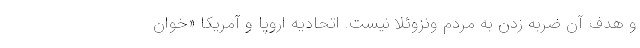
و هدف آن ضربه زدن به مردم ونزوئلا نیست. اتحادیه اروپا و آمریکا «خوان